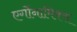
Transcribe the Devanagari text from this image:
एर्गोनामिक्स